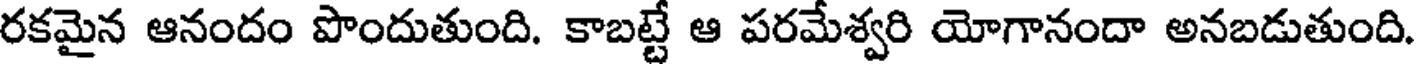
రకమైన ఆనందం పొందుతుంది. కాబట్టే ఆ పరమేశ్వరి యోగానందా అనబడుతుంది